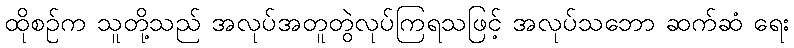
ထိုစဉ်က သူတို့သည် အလုပ်အတူတွဲလုပ်ကြရသဖြင့် အလုပ်သဘော ဆက်ဆံ ရေး